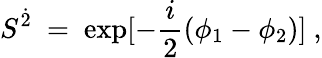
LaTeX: S^{\dot{2}}~=~\mathrm{exp}[-\frac{i}{2}(\phi_{1}-\phi_{2})]~,